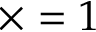
\times = 1